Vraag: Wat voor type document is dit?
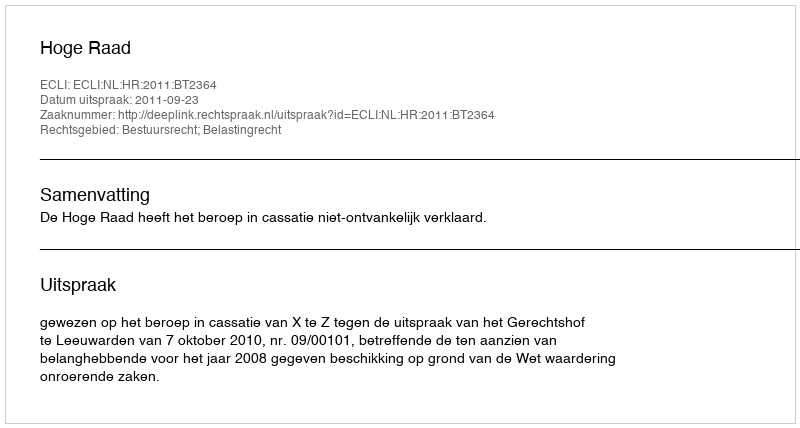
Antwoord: Uitspraak